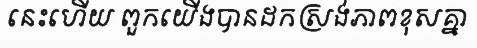
នេះហើយ ពួកយើងបានដកស្រង់ភាពខុសគ្នា